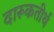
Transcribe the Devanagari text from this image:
दारूकतीर्थ